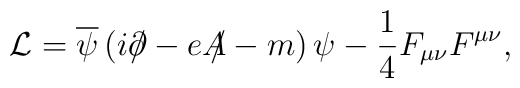
{\cal L}=\overline{\psi}\left(i\partial\!\!\!\slash - eA\!\!\!\slash -m\right)\psi -\frac{1}{4}F_{\mu\nu}F^{\mu\nu} ,